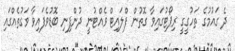
ދެ ގައުމުގެ ތަހުގީގީ ރިޕޯޓުގައިވާ ގޮތުން ފްލައިޓް ވެއްޓުނީ ދުންފިނި ބޮޑުވެފައިވާ ވަގުތެއްގައި